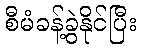
စီမံခန့်ခွဲနိုင်ပြီး